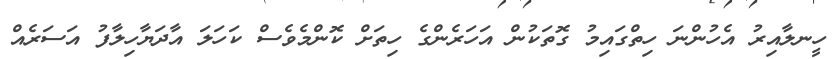
ހީނލާއިރު އެހުންނަ ހިތްގައިމު ގޮތަކުން އަހަރެންގެ ހިތަށް ކޮންމެވެސް ކަހަލަ އާދަޔާހިލާފު އަސަރެއް